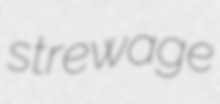
strewage